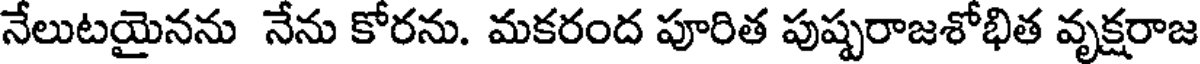
నేలుటయైనను నేను కోరను. మకరంద పూరిత పుష్పరాజశోభిత వృక్షరాజ